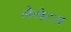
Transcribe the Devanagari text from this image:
लैगेटस